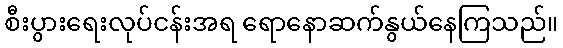
စီးပွားရေးလုပ်ငန်းအရ ရောနောဆက်နွယ်နေကြသည်။